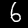
Digit: 6